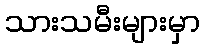
သားသမီးများမှာ